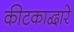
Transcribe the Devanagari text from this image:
कीटकाद्वारे